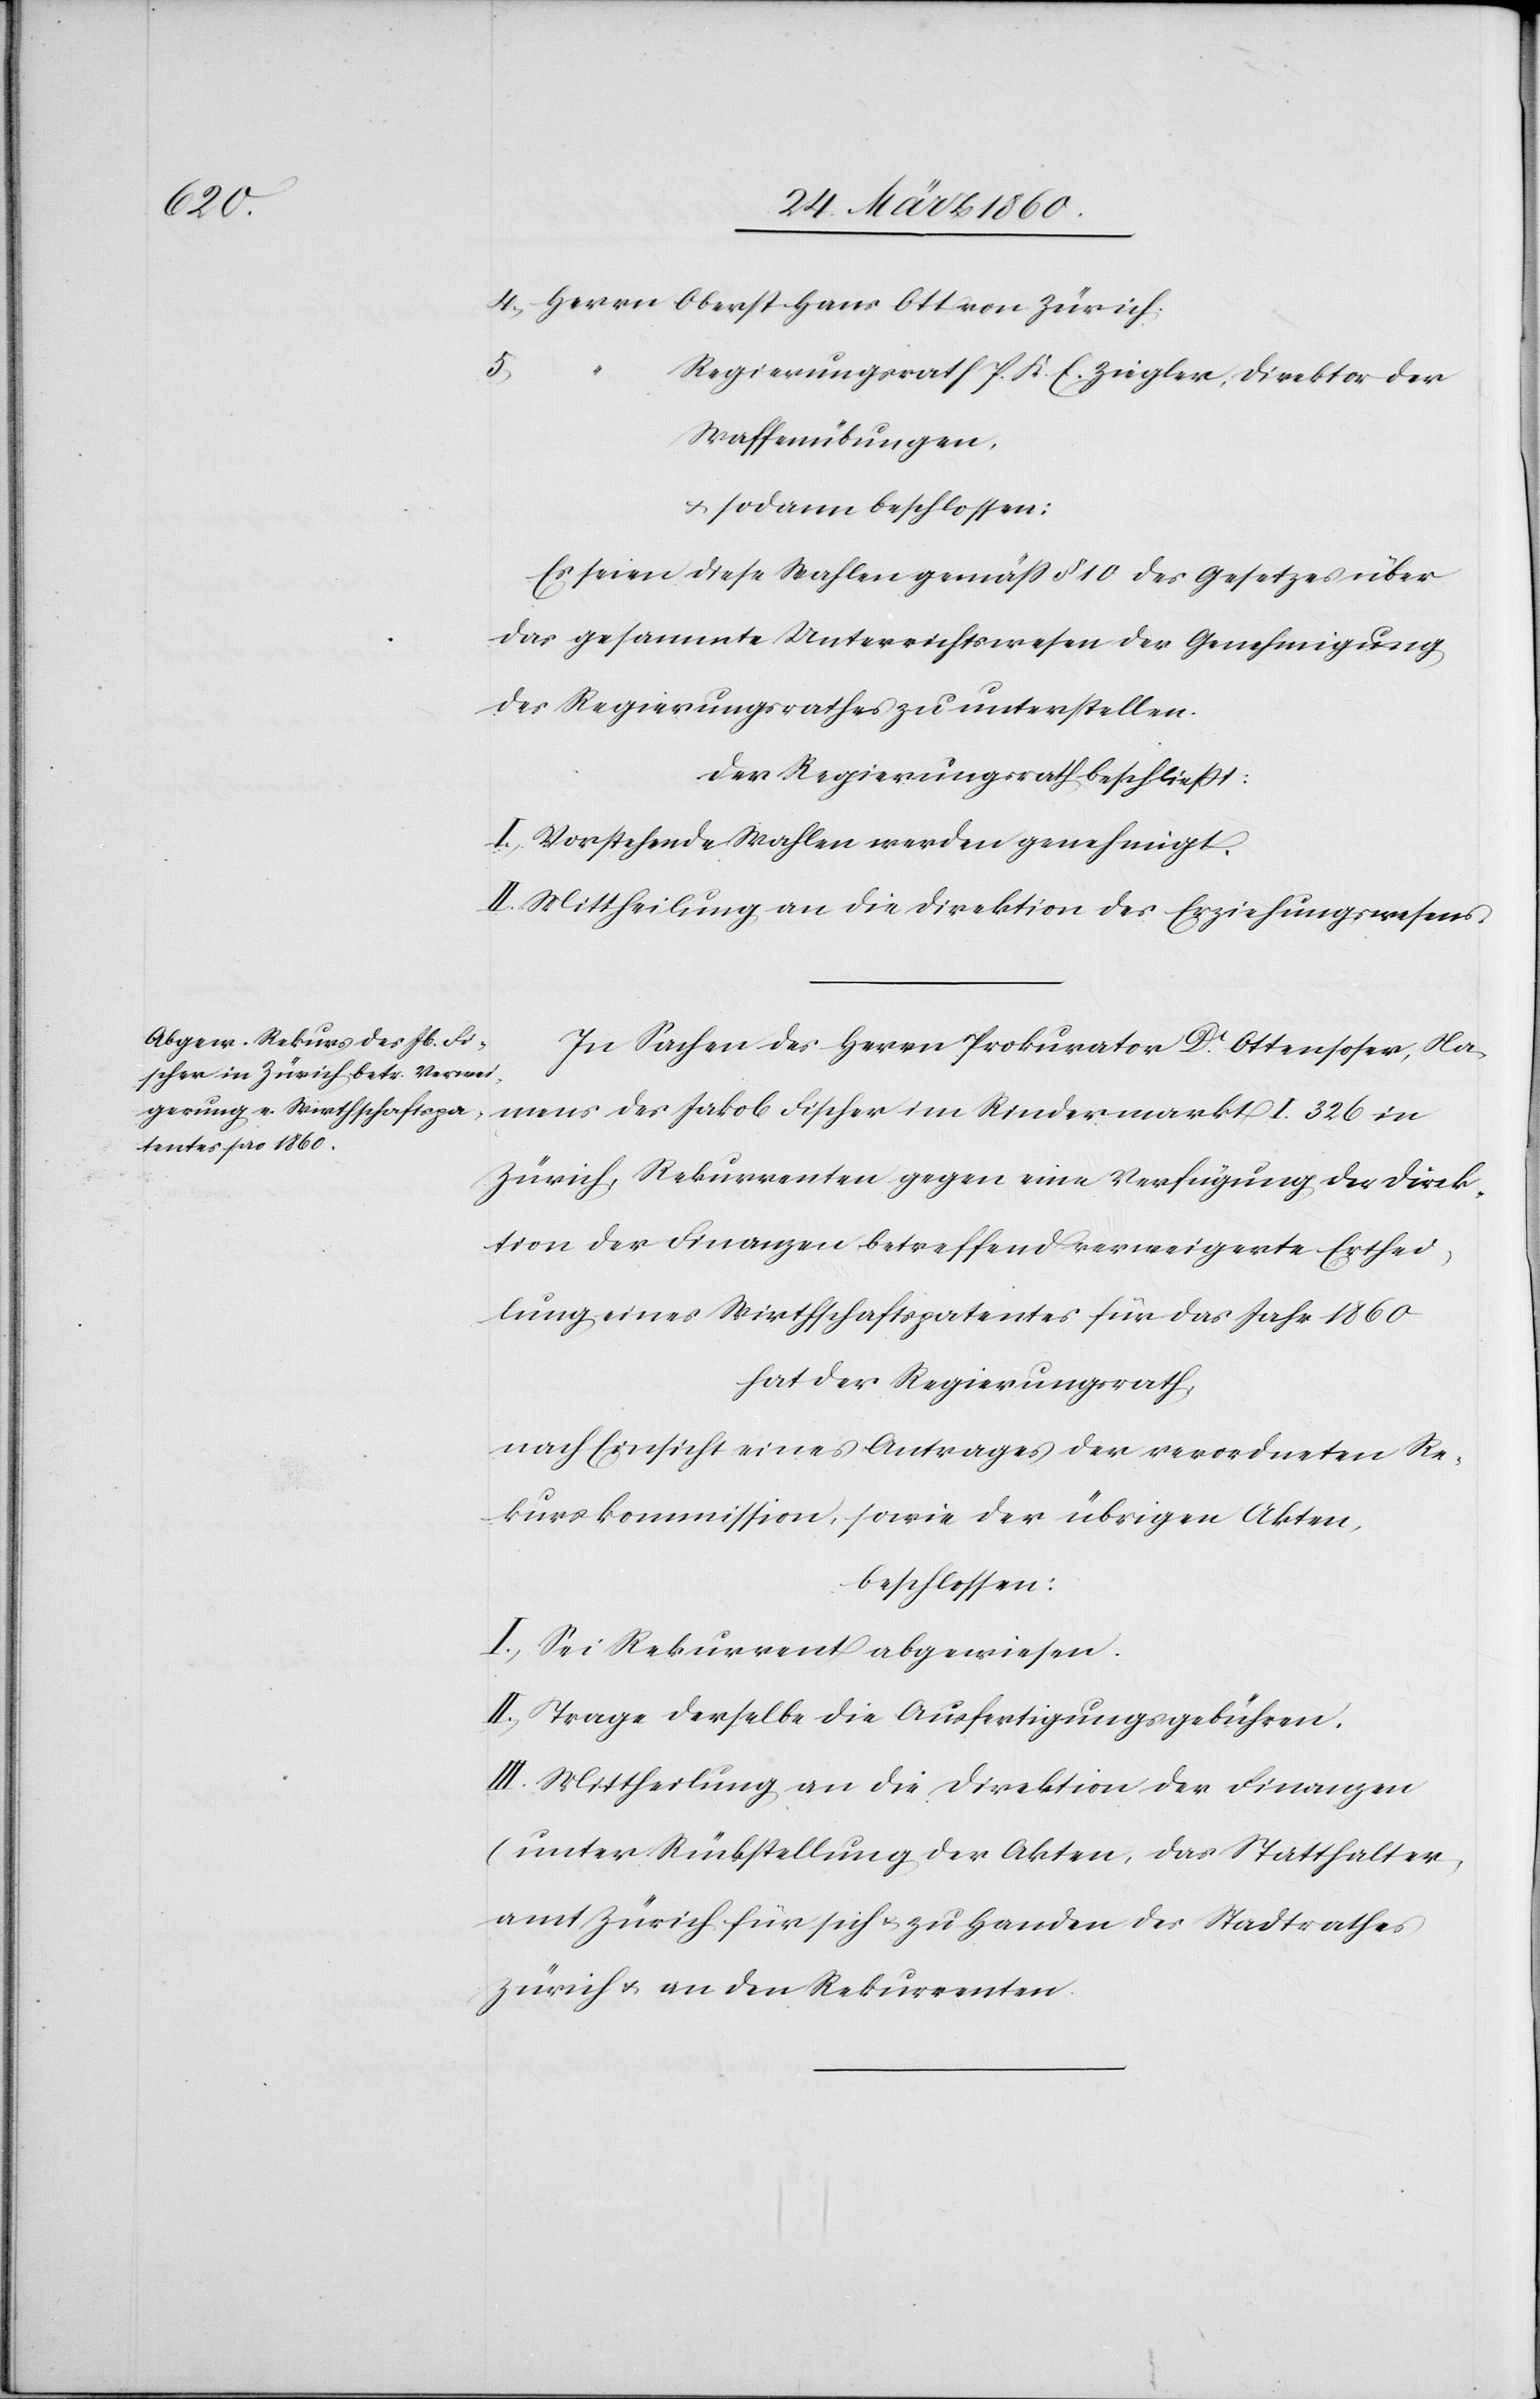
Ott

5.
Regierungsrath P. K. E. Ziegler, Direktor der
Waffenübungen.
u. sodann beschlossen:
Es seien diese Wahlen gemäss §. 10. des Gesetzes über
das gesammte Unterrichtswesen der Genehmigung
des Regierungsrathes zu unterstellen.
Der Regierungsrath beschliesst:
I. Vorstehende Wahlen werden genehmigt.
II. Mittheilung an die Direktion des Erziehungswesens.
In Sachen des Herrn Prokurator Dr. Ottensoser, Na¬
mens des Jakob Fischer im Rindermarkt I 326 in
Zürich, Rekurrenten gegen eine Verfügung der Direk¬
tion der Finanzen betreffend verweigerte Erthei¬
lung eines Wirthschaftspatentes für das Jahr 1860
hat der Regierungsrath,
nach Einsicht eines Antrages der verordneten Re¬
kurskommission, sowie der übrigen Akten,
beschlossen:
I. Sei Rekurrent abgewiesen.
II. Trage derselbe die Ausfertigungsgebühren.
III. Mittheilung an die Direktion der Finanzen
(unter Rückstellung der Akten[)], das Statthalter¬
amt Zürich für sich u. zu Handen des Stadtrathes
Zürich u. an den Rekurrenten.